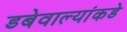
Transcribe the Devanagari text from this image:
डबेवाल्यांकडे